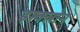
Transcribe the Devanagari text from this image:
इम्‍क्‍लोन